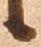
候